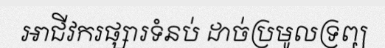
អាជីវករផ្សារទំនប់ ដាច់ប្រមូលទ្រព្យ